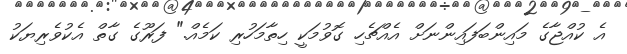
އެ ކުއްޖާގެ މައިންބަފައިންނަށް އެއްޗެހި ގޮވުމަކީ ހިތާމަހުރި ކަމެއް." ފަރޫގެ ގާތް އެކުވެރިޔަކު